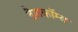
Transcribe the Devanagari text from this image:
डैशकॉम्ब